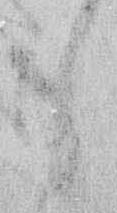
も